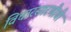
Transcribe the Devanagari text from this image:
विचारसारणीची